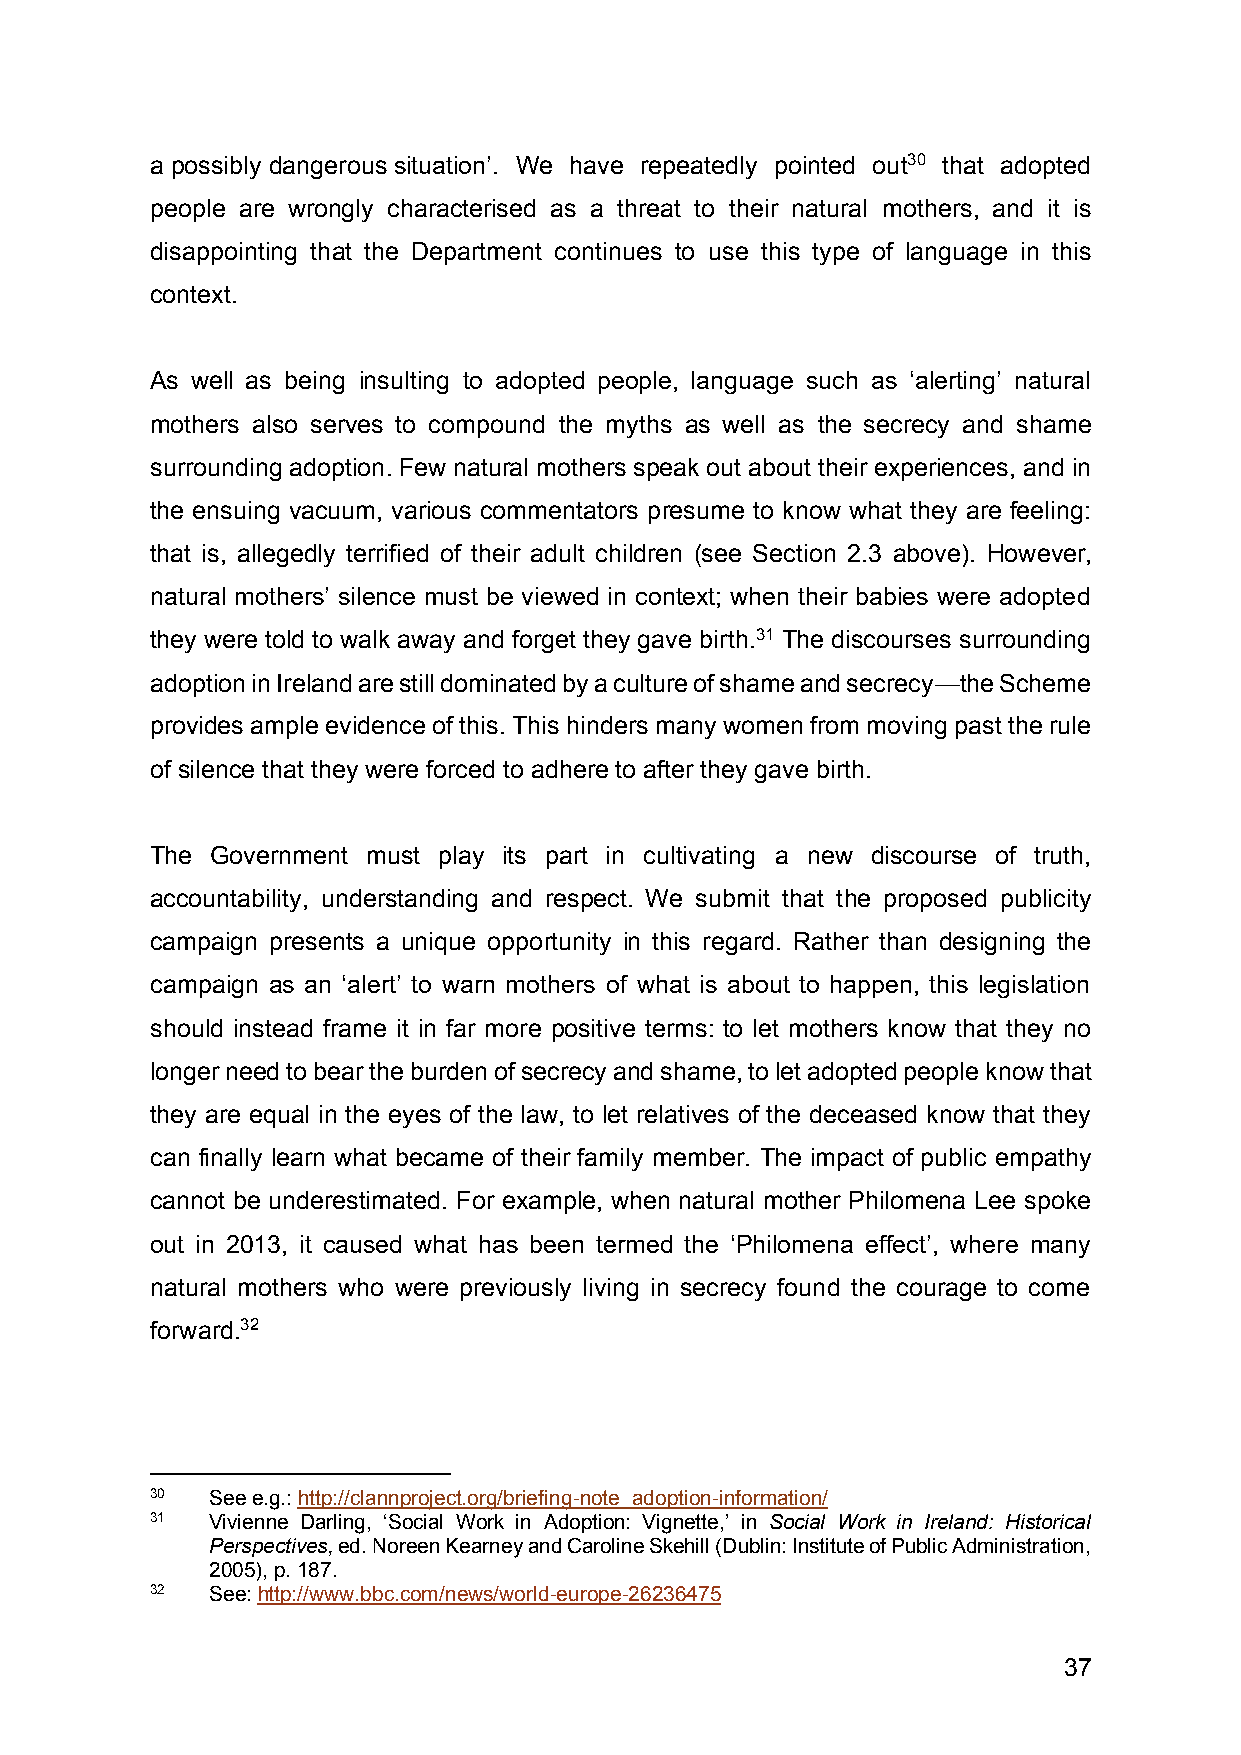
a possibly dangerous situation’. We have repeatedly pointed out30 that adopted
 people are wrongly characterised as a threat to their natural mothers, and it is
 disappointing that the Department continues to use this type of language in this
 context.
 As well as being insulting to adopted people, language such as ‘alerting’ natural
 mothers also serves to compound the myths as well as the secrecy and shame
 surrounding adoption. Few natural mothers speak out about their experiences, and in
 the ensuing vacuum, various commentators presume to know what they are feeling:
 that is, allegedly terrified of their adult children (see Section 2.3 above). However,
 natural mothers’ silence must be viewed in context; when their babies were adopted
 they were told to walk away and forget they gave birth.31 The discourses surrounding
 adoption in Ireland are still dominated by a culture of shame and secrecy—the Scheme
 provides ample evidence of this. This hinders many women from moving past the rule
 of silence that they were forced to adhere to after they gave birth.
 The Government must play its part in cultivating a new discourse of truth,
 accountability, understanding and respect. We submit that the proposed publicity
 campaign presents a unique opportunity in this regard. Rather than designing the
 campaign as an ‘alert’ to warn mothers of what is about to happen, this legislation
 should instead frame it in far more positive terms: to let mothers know that they no
 longer need to bear the burden of secrecy and shame, to let adopted people know that
 they are equal in the eyes of the law, to let relatives of the deceased know that they
 can finally learn what became of their family member. The impact of public empathy
 cannot be underestimated. For example, when natural mother Philomena Lee spoke
 out in 2013, it caused what has been termed the ‘Philomena effect’, where many
 natural mothers who were previously living in secrecy found the courage to come
 forward.32
 30  See e.g.: http://clannproject.org/briefing-note_adoption-information/
 31  Vivienne Darling, ‘Social Work in Adoption: Vignette,’ in Social Work in Ireland: Historical
 Perspectives, ed. Noreen Kearney and Caroline Skehill (Dublin: Institute of Public Administration,
 2005), p. 187.
 32  See: http://www.bbc.com/news/world-europe-26236475
 37